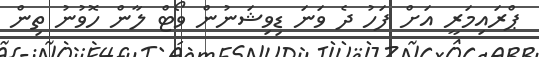
ޕްރައިމަރީ އަށް ފަހު ދެ ވަނަ ޑިވިޝަނުން ވޯޓް ލާން ހޮވުނު ތިން